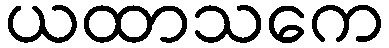
ယထာသကေ